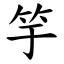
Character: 竽